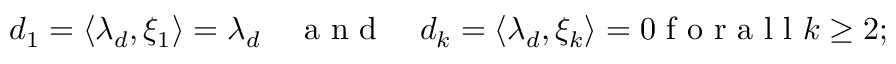
\begin{array} { r } { d _ { 1 } = \langle \lambda _ { d } , \xi _ { 1 } \rangle = \lambda _ { d } \quad \mathrm { ~ a ~ n ~ d ~ } \quad d _ { k } = \langle \lambda _ { d } , \xi _ { k } \rangle = 0 \mathrm { ~ f ~ o ~ r ~ a ~ l ~ l ~ } k \geq 2 ; } \end{array}